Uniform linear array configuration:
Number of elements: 8
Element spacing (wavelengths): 0.75
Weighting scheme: hamming
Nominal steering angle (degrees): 60
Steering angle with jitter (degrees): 59.846
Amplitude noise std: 0.05
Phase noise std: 0.05

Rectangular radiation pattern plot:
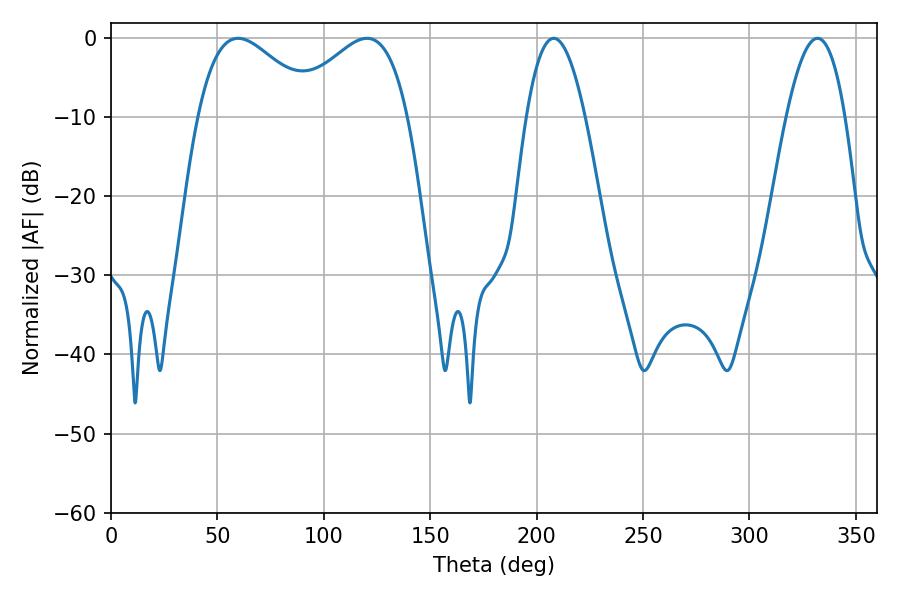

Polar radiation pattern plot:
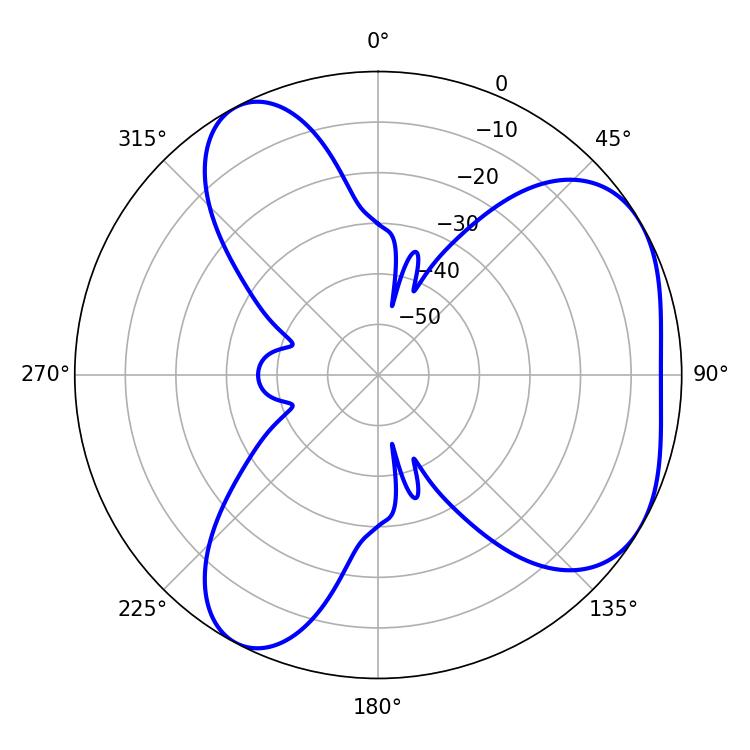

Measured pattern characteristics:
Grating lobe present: TRUE
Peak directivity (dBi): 4.613
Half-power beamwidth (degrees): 30.24
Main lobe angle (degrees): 120.24